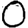
Digit: 0